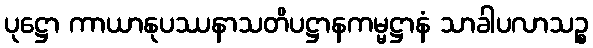
ပုဋ္ဌော ကာယာနုပဿနာသတိပဋ္ဌာနကမ္မဋ္ဌာနံ သာခါပလာသဉ္စ